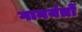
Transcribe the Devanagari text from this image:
गानयंत्रों